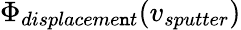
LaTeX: \Phi_{displaceme\mathtt{n}t}(v_{sputter})